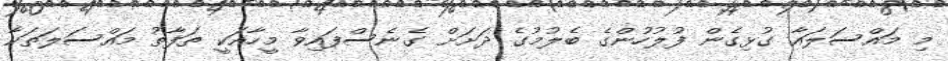
މި މައްސަލައާ ގުޅިގެން ފުލުހުންގެ ބެލުމުގެ ދަށަށް ގެނެސްފައިވާ މީހާއަކީ ތަފާތު މައްސަލަތަކާ